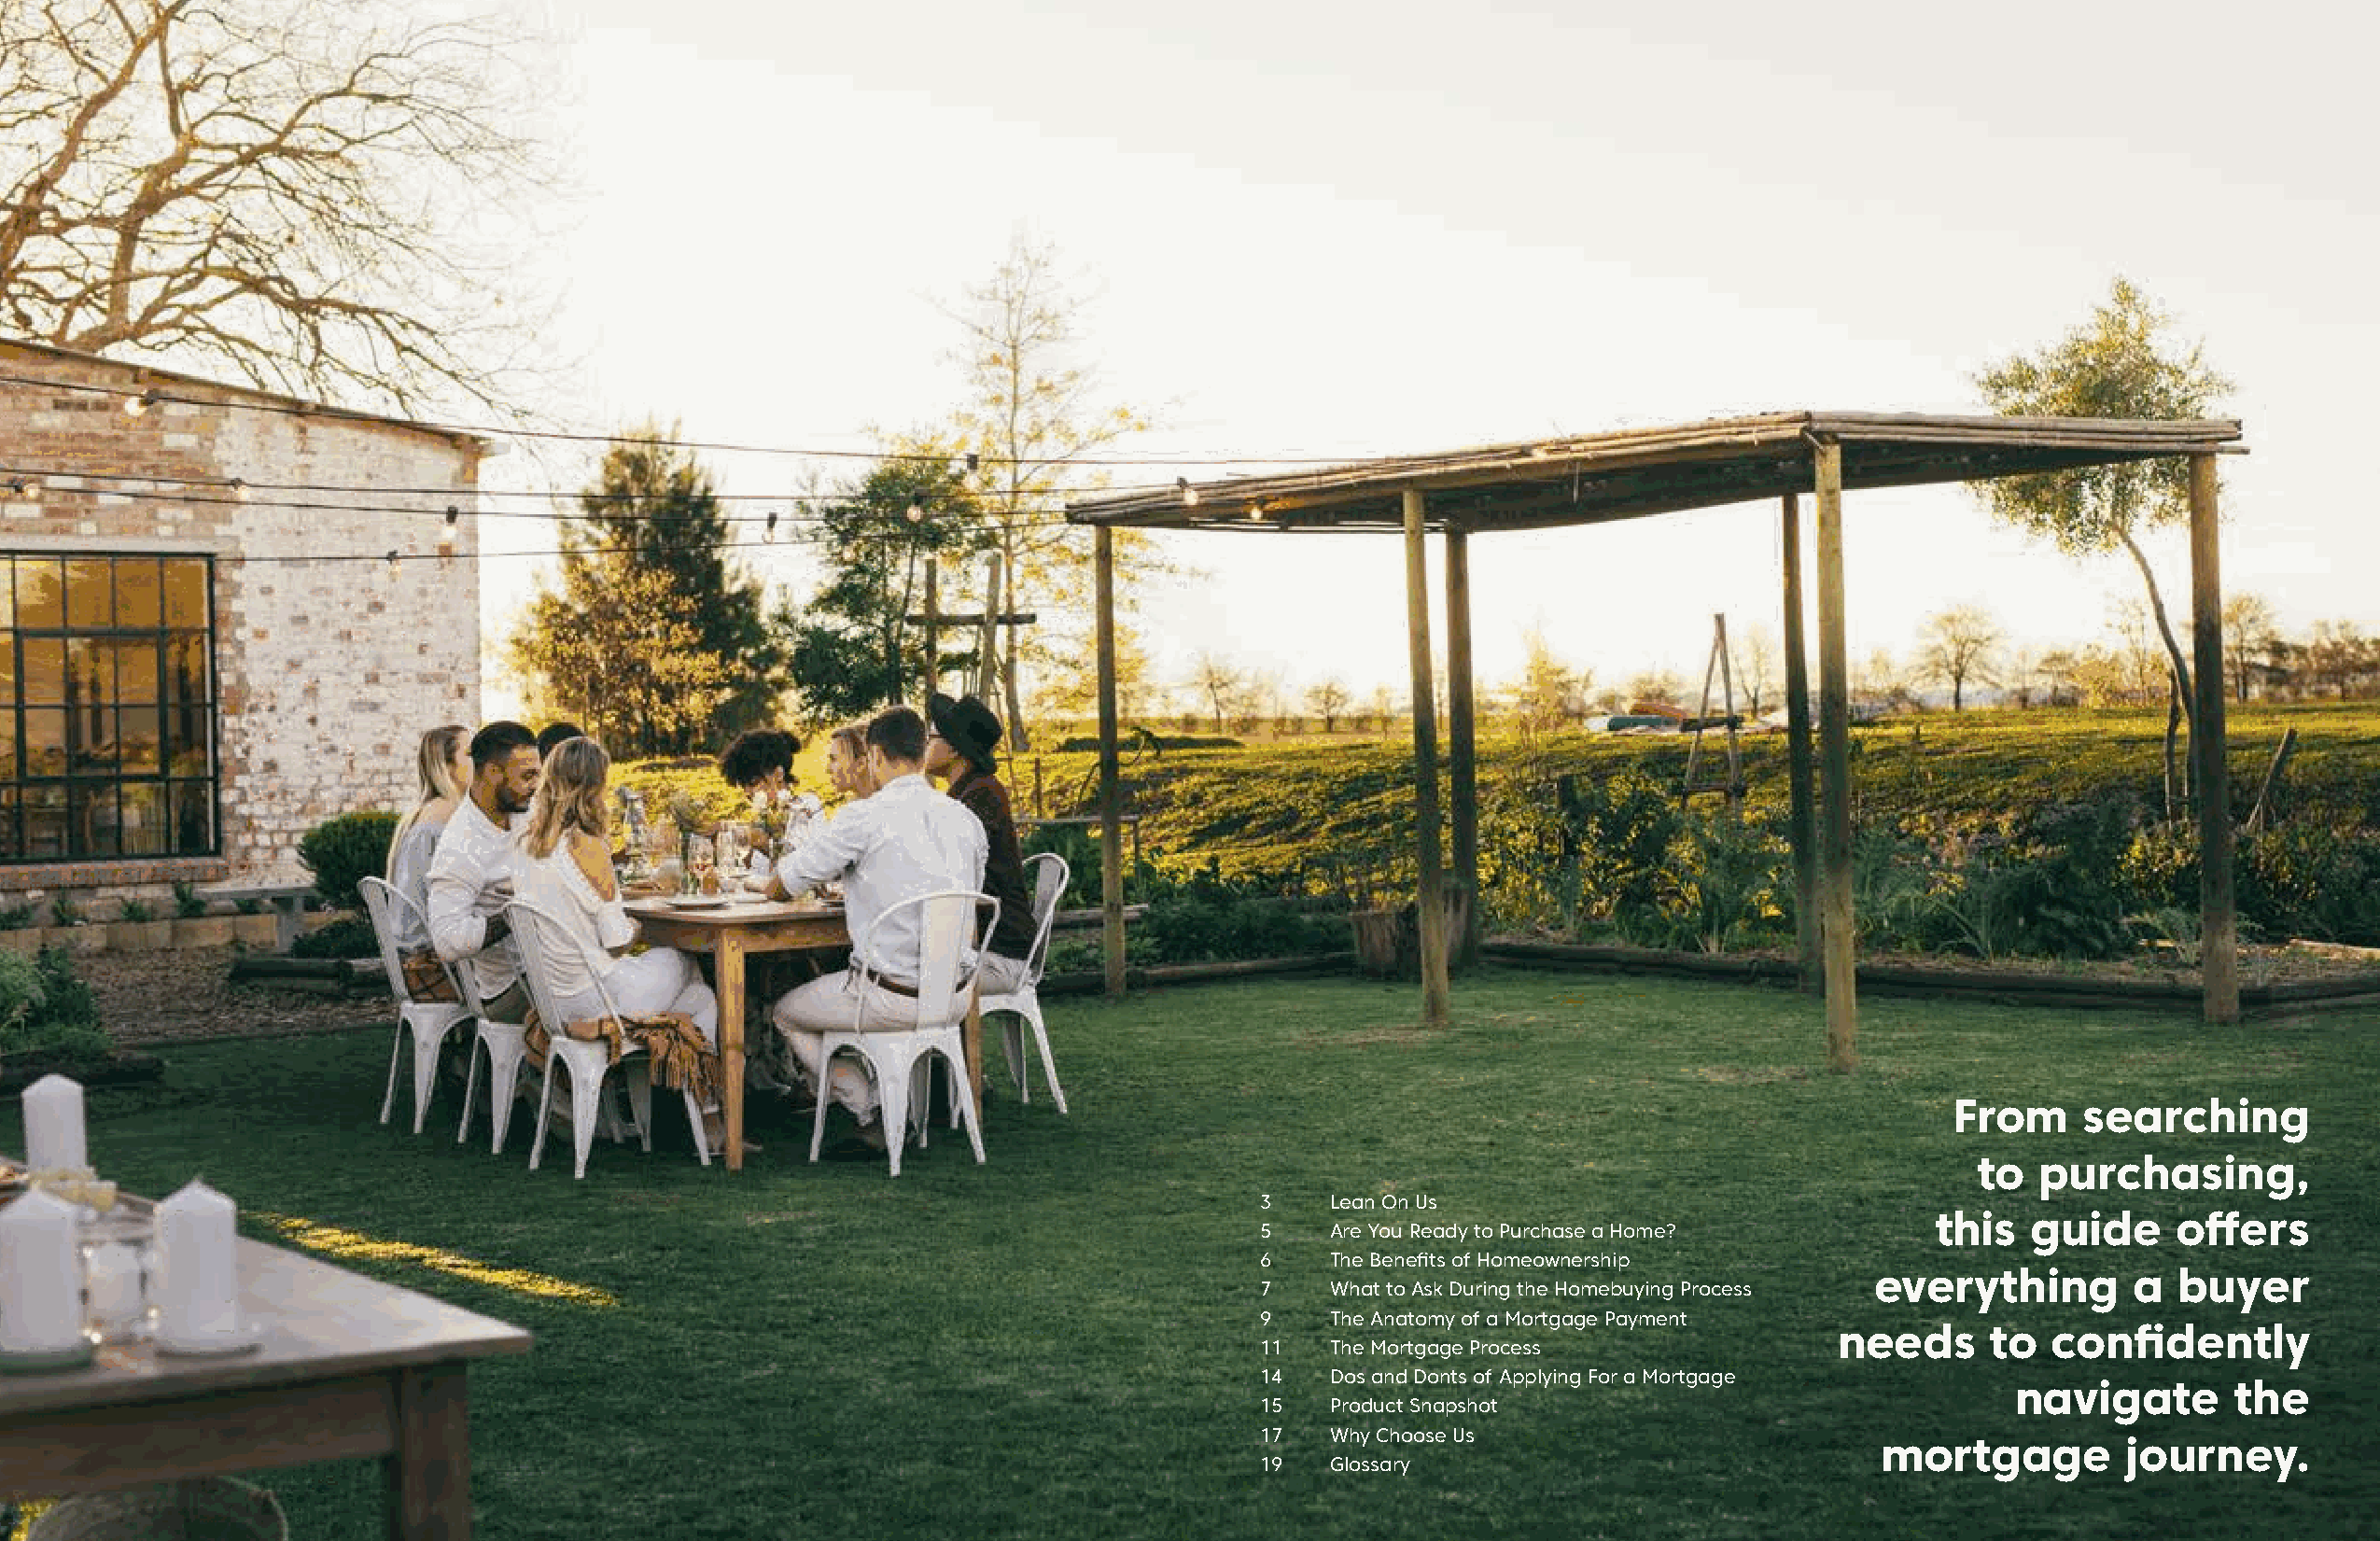
From      searching
 to   purchasing,
 3    Lean On Us
 this   guide     offers
 5    Are You Ready to Purchase a Home?
 6    The Benefits of Homeownership
 everything        a  buyer
 7    What to Ask During the Homebuying Process
 9    The Anatomy of a Mortgage Payment
 needs      to  confidently
 11   The Mortgage Process
 14   Dos and Donts of Applying For a Mortgage
 navigate       the
 15   Product Snapshot
 17   Why Choose Us
 mortgage          journey.
 19   Glossary